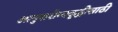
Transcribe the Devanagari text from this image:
आयुरारोग्यवृद्धीसाठी